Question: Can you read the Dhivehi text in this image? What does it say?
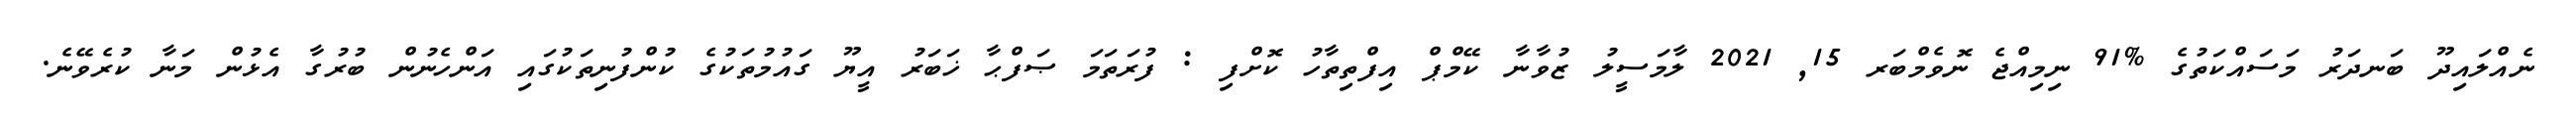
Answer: ނެއްލައިދޫ ބަނދަރު މަސައްކަތުގެ %91 ނިމިއްޖެ ނޮވެމްބަރ 15, 2021 ލާމަސީލު ޒުވާނާ ކޭމްޕް އިފްތިތާހު ކޮށްފި : ފުރަތަމަ ޞަފްޙާ ޚަބަރު އީޔޫ ގައުމުތަކުގެ ކުންފުނިތަކުގައި އަންހެނުން ބުރުގާ އެޅުން މަނާ ކުރެވޭނެ.